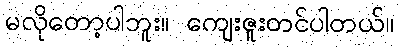
မလိုတော့ပါဘူး။ ကျေးဇူးတင်ပါတယ်။